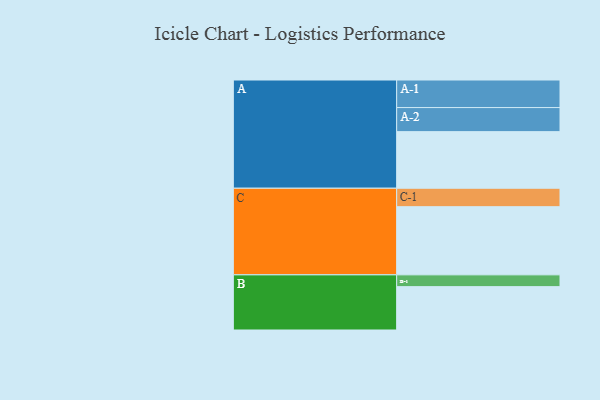
{"axis": {"x": "Segment", "y": "Value"}, "legend": ["", "A", "B", "C"], "data": [{"x": "A", "y": 466, "type": ""}, {"x": "B", "y": 357, "type": ""}, {"x": "C", "y": 561, "type": ""}, {"x": "A-1", "y": 227, "type": "A"}, {"x": "A-2", "y": 198, "type": "A"}, {"x": "B-1", "y": 97, "type": "B"}, {"x": "C-1", "y": 152, "type": "C"}]}